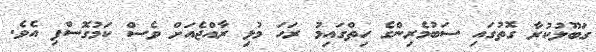
ގަބޫލުކުރާ ގޮތުގައި ސަބުމެރިންގެ ހިތްގައިމު ރަހަ މުޅި ރާއްޖެއަށް ވެސް ކަމުގޮސްފި އެވެ.